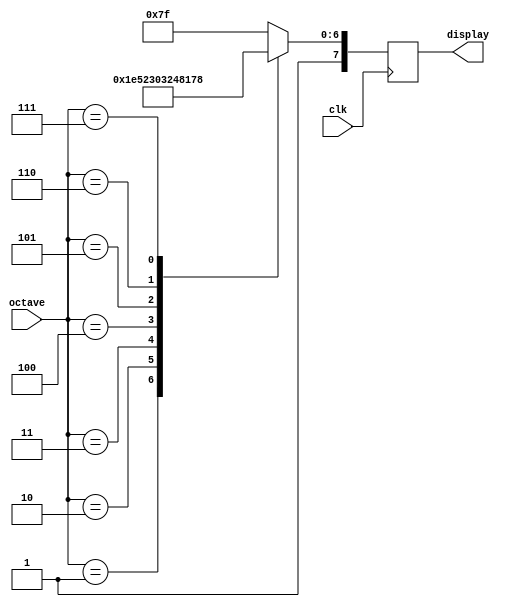
module octave_display(clk, octave, display);
  input clk;
  input [2:0] octave;

  output reg [7:0] display;

  always @ (posedge clk) begin
    case (octave)     // .PGFEDCBA
      3'd1: display <= 8'b11111001;
      3'd2: display <= 8'b10100100;
      3'd3: display <= 8'b10110000;
      3'd4: display <= 8'b10011001;
      3'd5: display <= 8'b10010010;
      3'd6: display <= 8'b10000010;
      3'd7: display <= 8'b11111000;
      default: display <= 8'b11111111;
    endcase
  end
endmodule